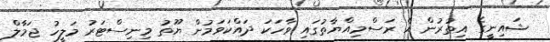
ޝައިނީގެ އިތުރުން އެ ރަސްމިއްޔާތުގައި ވާހަކަ ދައްކަވަމުން ޔޫތު މިނިސްޓަރު މަލީހު ޖަމާލް